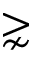
\gnsim